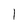
Character: 1